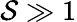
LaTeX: \mathcal{S}\gg1